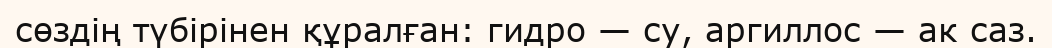
сөздің түбірінен құралған: гидро — су, аргиллос — ак саз.